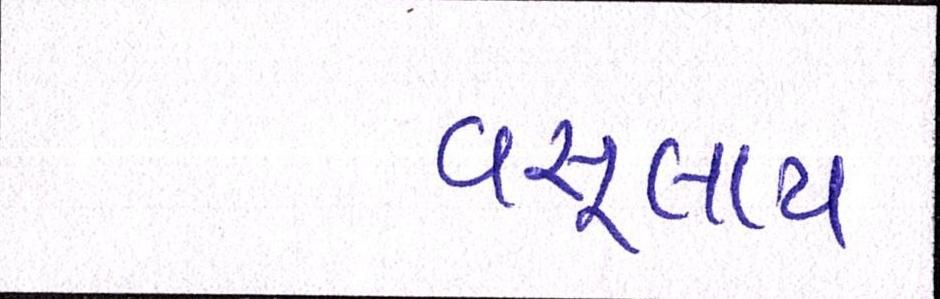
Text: વસૂલાય